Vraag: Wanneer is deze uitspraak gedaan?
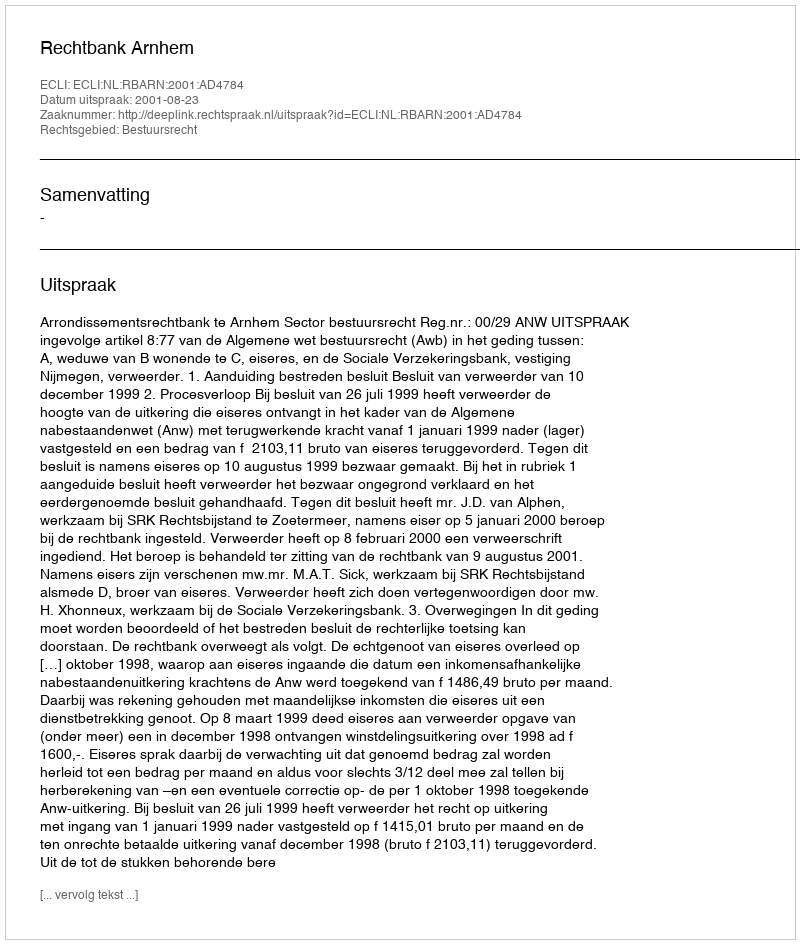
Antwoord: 2001-08-23